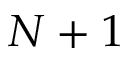
N + 1